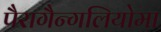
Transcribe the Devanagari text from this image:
पैरागैन्गलियोमा